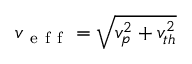
v _ { \mathrm { ~ e ~ f ~ f ~ } } = \sqrt { v _ { p } ^ { 2 } + v _ { t h } ^ { 2 } }